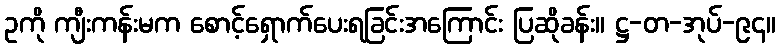
ဥကို ကျီးကန်းမက စောင့်ရှောက်ပေးရခြင်းအကြောင်း ပြဆိုခန်း။ ဋ္ဌ-တ-အုပ်-၉၄။